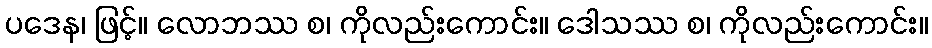
ပဒေန၊ ဖြင့်။ လောဘဿ စ၊ ကိုလည်းကောင်း။ ဒေါသဿ စ၊ ကိုလည်းကောင်း။